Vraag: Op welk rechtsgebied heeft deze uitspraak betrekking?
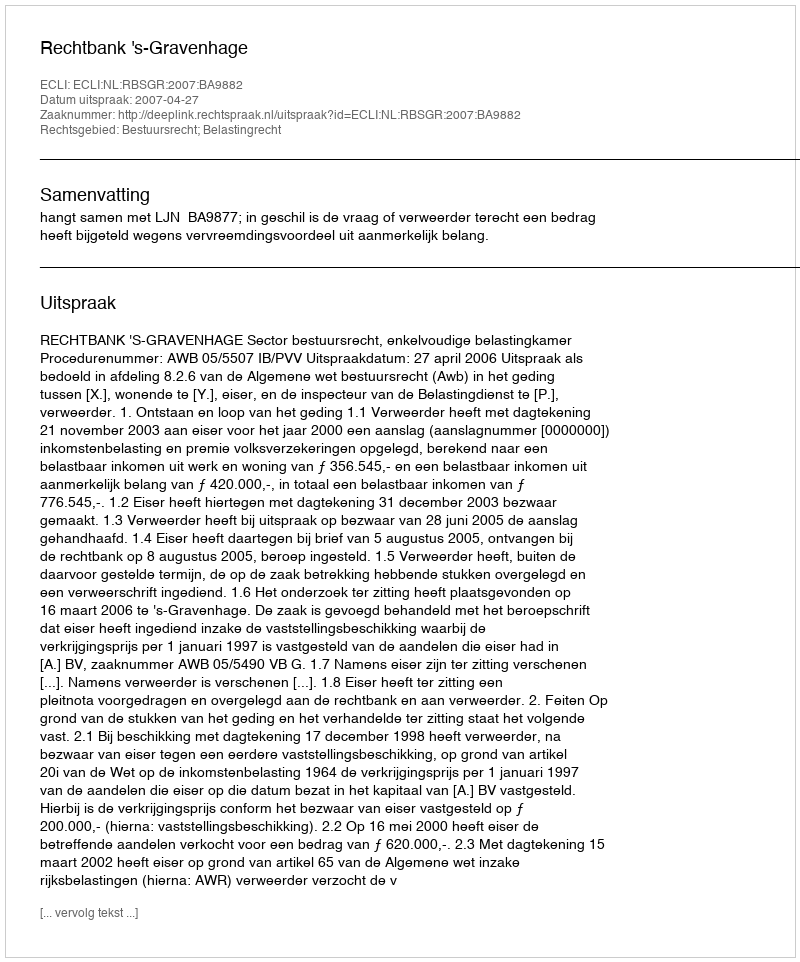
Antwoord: Bestuursrecht; Belastingrecht